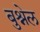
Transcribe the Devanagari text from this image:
बुश्नेल